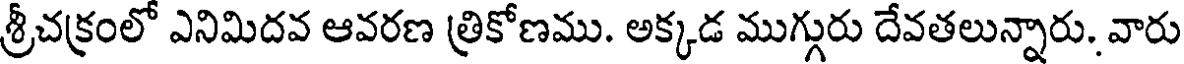
శ్రీచక్రంలో ఎనిమిదవ ఆవరణ త్రికోణము. అక్కడ ముగ్గురు దేవతలున్నారు. వారు